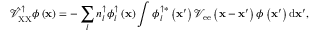
\hat { \mathcal { V } } _ { \mathrm { X X } } ^ { \uparrow } \phi \left( { \bf x } \right) = - \sum _ { l } { n _ { l } ^ { \uparrow } \phi _ { l } ^ { \uparrow } \left( { \bf x } \right) \int { \phi _ { l } ^ { \uparrow * } \left( { \bf x } ^ { \prime } \right) \mathcal { V } _ { \mathrm { e e } } \left( { \bf x } - { \bf x } ^ { \prime } \right) \phi \left( { \bf x } ^ { \prime } \right) \mathrm { d } { \bf x } ^ { \prime } } } ,